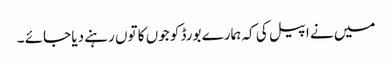
میں نے اپیل کی کہ ہمارے بورڈ کو جوں کا توں رہنے دیا جائے ۔